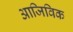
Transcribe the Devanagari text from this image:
आजिविक